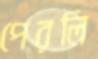
পেরলি